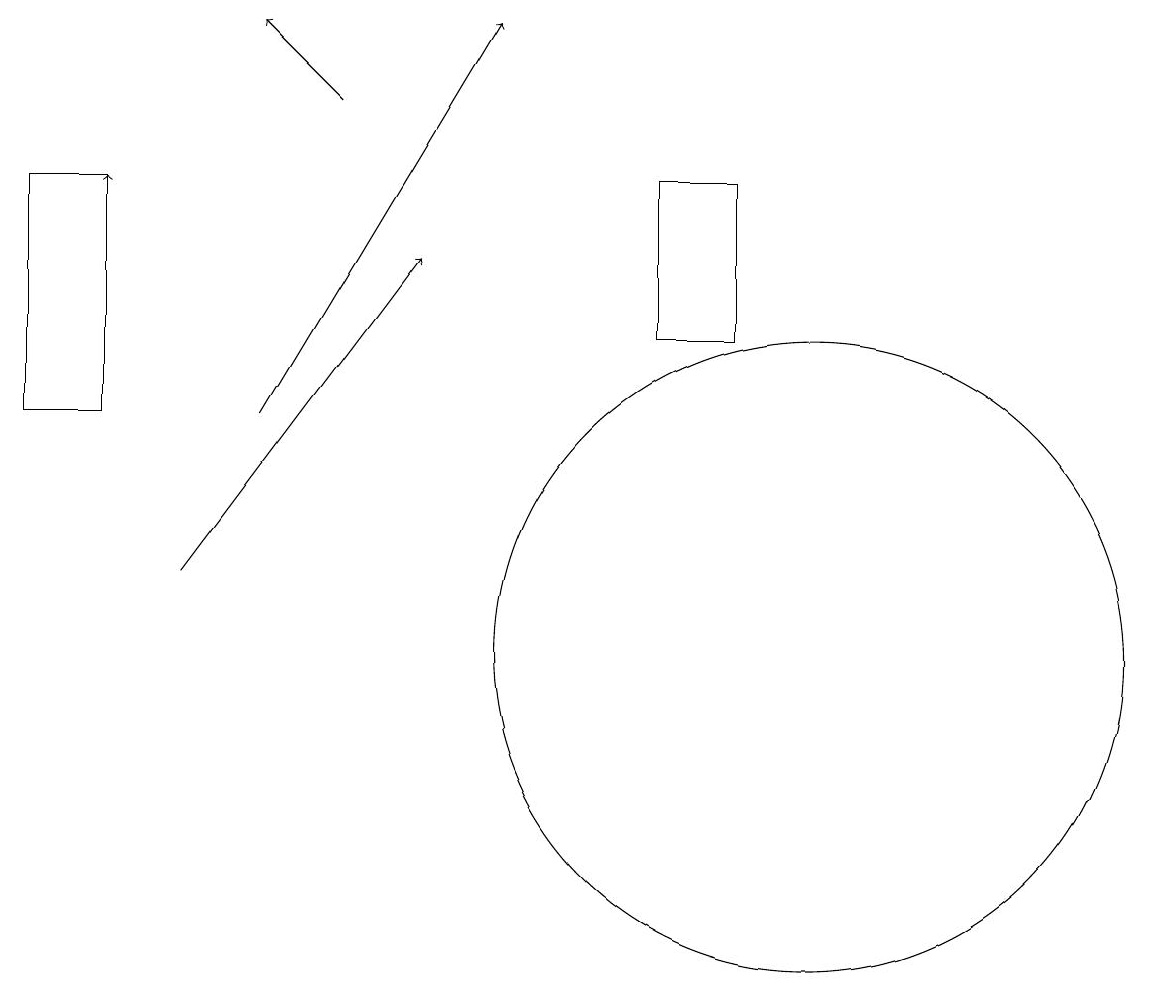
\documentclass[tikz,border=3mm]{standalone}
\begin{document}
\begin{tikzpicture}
\draw (10,11) circle (4);
\draw[->] (1,14) -- (1,17);
\draw[->] (3,14) -- (6,19);
\draw (1,17) rectangle (0,14);
\draw[->] (2,12) -- (5,16);
\draw[->] (4,18) -- (3,19);
\draw (8,15) rectangle (9,17);
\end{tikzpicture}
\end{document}